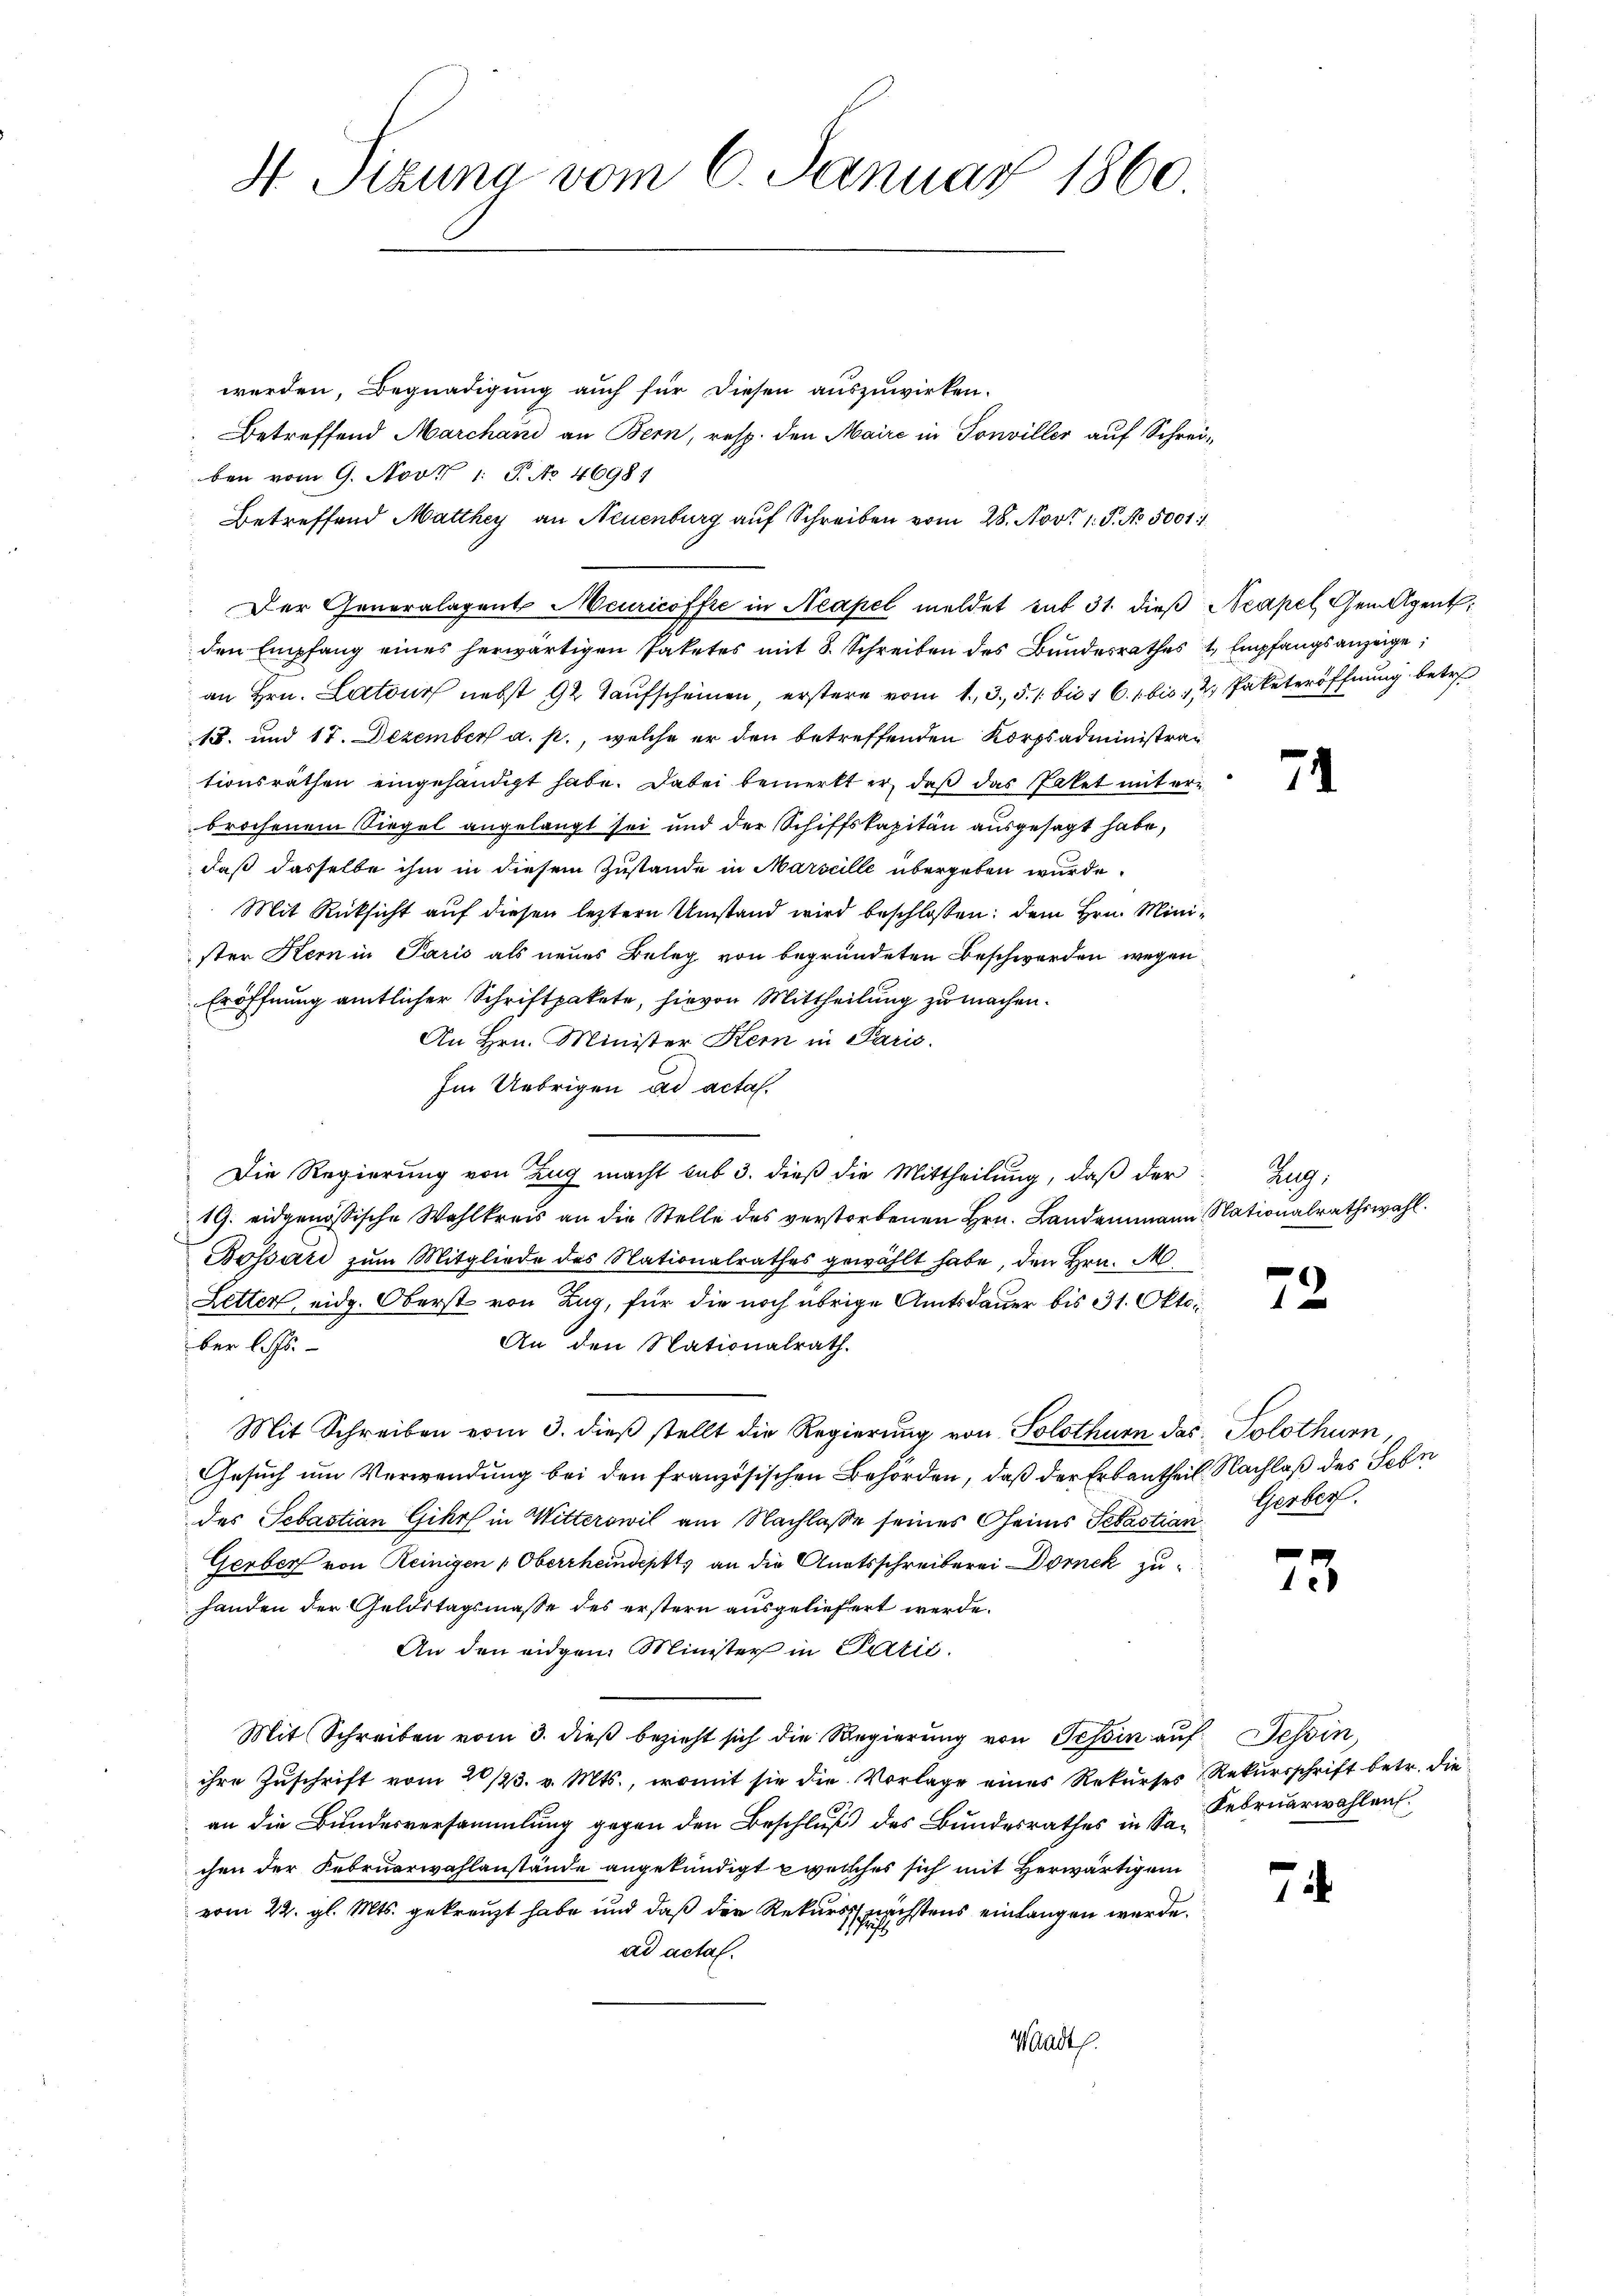
H Sizung vom 6. Januar 1860
werden, Begnadigung auch für diesen auszuwirken.
Betreffend Marchani an Bern, resp. den Maire in Sonviller auf Schrei-

ben vom 9. Nov. 1. P. No 46981
an Hrn. Latour nebst 92 Taufscheinen, erstere vom 1. 3. 5. 1 bis 16. 1 bis 12 Paketeröffnung betr.
18. und 17. Dezember a. p., welche er den betreffenden Korpsadministrationsräthen eingehändigt habe. Dabei bemerkt er, daß das Paket mit erbrochenem Siegel angelangt sei und der Schiffskapitän ausgesagt habe,
daß dasselbe ihm in diesem Zustande in Marseille übergeben wurde.
Mit Rücksicht auf diesen leztern Umstand wird beschlossen: dem Hrn. Minister Kern in Paris als neues Beleg von begründeten Beschwerden wegen
Eröffnung amtlicher Schriftpakete, hievon Mittheilung zu machen.
An Hrn. Minister Kern in Paris.
Im Uebrigen ad actas.
Die Regierung von Zug macht sub 3. dieß die Mittheilung, daß der Zug:
19. eidgenössische Wahlkreis an die Stelle des verstorbenen Hrn. Landammann Nationalrathswahl.
Bossard zum Mitgliede des Nationalrathes gewählt habe, den Hrn. M
Letter, eidg. Oberst von Zug, für die noch übrige Amtsdauer bis 31. Okto
An den Nationalrath.
ber l. Js.
Mit Schreiben vom 3. dieß stellt die Regierung von Solothurn das Solothurn,
Gesuch um Verwendung bei den französischen Behörden, daß der Erbantheil. Nachlaß des Sehn
des Sebastian Giers in Witterswil am Nachlaße seines Oheims Sebastian Gerber
Gerber von Reinigen (Oberrheindeptts an die Anatsschreiberei Dornek zuhanden der Geldstagsmasse des erstern ausgeliefert werde.
An den eidgen. Minister in Patić.
Mit Schreiben vom 3. dieβ bezieht sich die Regierŭng von Tessin aŭf Tessin,
ihre Zuschrift vom 20/23. v. Mts., womit sie die Vorlage eines Rekurses Rekursschrift betr. die
an die Bundesversammlung gegen den Beschluß des Bundesrathes in Sachen der Februarwahlanstände angekündigt welches sich mit Herwärtigem
vom 22. gl. Mts. gekreuzt habe und daß der Rekurs nächstens einlangen werde.
ad actal.
Madt.

Betreffend Matthey an Neuenburg auf Schreiben vom 28. Nov. 1. P. No. 5001 1
Der Generalagent Meuricoffe in Neapel meldet sub 31. dieß Neapel Gemeigent

den Empfang eines herwärtigen Paketes mit 8. Schreiben des Bundesrathes 1 Empfangsanzeige

71

72

75

1

Februarwahlen.